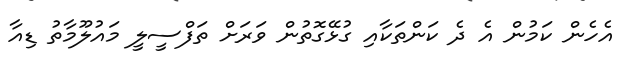
އެހެން ކަމުން އެ ދެ ކަންތަކާއި ގުޅޭގޮތުން ވަރަށް ތަފްސީލީ މައުލޫމާތު ޑިއާ